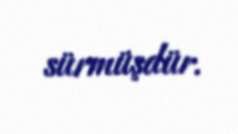
sürmüşdür.